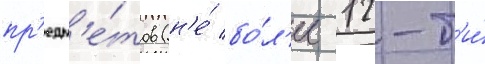
пр'едм'е́тов (н'е́ бо́л'ее 12-т'и́